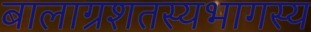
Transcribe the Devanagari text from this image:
बालाग्रशतस्यभागस्य